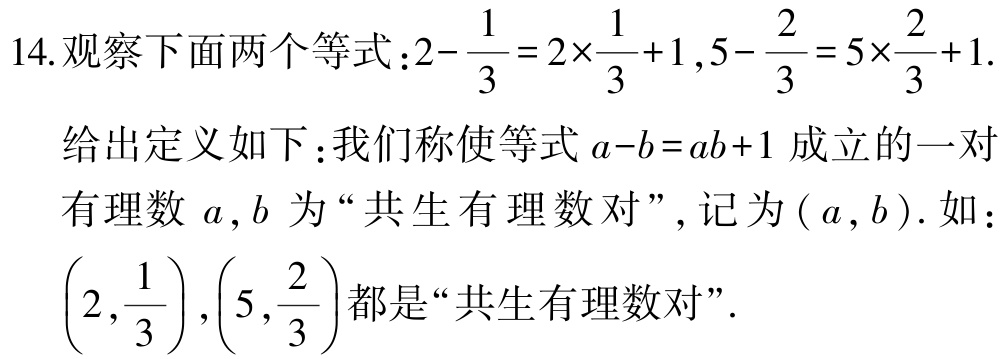
14.观察下面两个等式：\(2 - \frac{1}{3} = 2\times\frac{1}{3} + 1\)，\(5 - \frac{2}{3} = 5\times\frac{2}{3} + 1\).

给出定义如下：我们称使等式\(a - b = ab + 1\)成立的一对有理数\(a,b\)为“共生有理数对”, 记为\((a,b)\). 如：\(\left(2,\frac{1}{3}\right)\)，\(\left(5,\frac{2}{3}\right)\)都是“共生有理数对”.